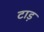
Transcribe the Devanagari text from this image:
टाड़